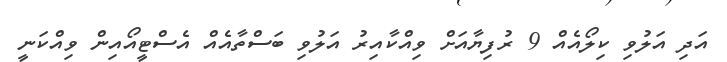
އަދި އަލުވި ކިލޯއެއް 9 ރުފިޔާއަށް ވިއްކާއިރު އަލުވި ބަސްތާއެއް އެސްޓީއޯއިން ވިއްކަނީ